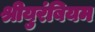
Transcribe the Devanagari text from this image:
श्रीयुरंबियम